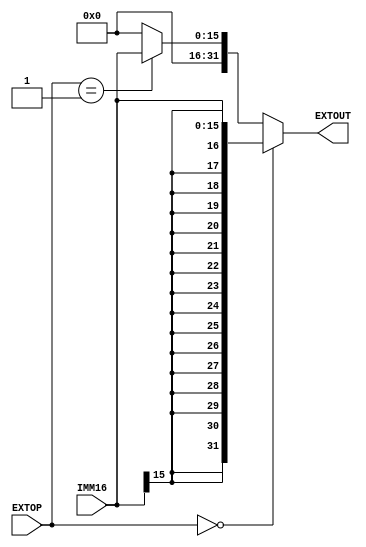
`timescale 1ns / 1ps

`define SIGN16 0
`define UNSIGN16 1


module EXT(
    input [1:0] EXTOP,
    input [15:0] IMM16,
    output [31:0] EXTOUT
    );
    assign EXTOUT = (EXTOP==`SIGN16)?({{16{IMM16[15]}},IMM16}):
                    (EXTOP==`UNSIGN16)?({{16{1'b0}},IMM16}):0;
						  
						  
endmodule